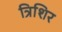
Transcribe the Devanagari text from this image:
त्रिशिर